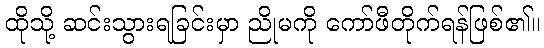
ထိုသို့ ဆင်းသွားရခြင်းမှာ ညိုမကို ကော်ဖီတိုက်ရန်ဖြစ်၏။